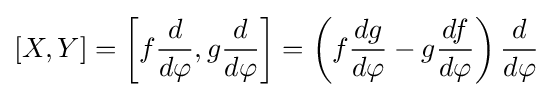
[X,Y]=\left[f{\frac {d}{d\varphi }},g{\frac {d}{d\varphi }}\right]=\left(f{\frac {dg}{d\varphi }}-g{\frac {df}{d\varphi }}\right){\frac {d}{d\varphi }}